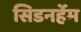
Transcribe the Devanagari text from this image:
सिडनर्हेम